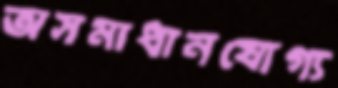
অসমাধানযোগ্য